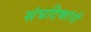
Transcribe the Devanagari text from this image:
संघटिकांनी